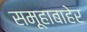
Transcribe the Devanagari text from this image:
समूहाबाहेर